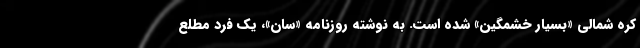
کره شمالی «بسیار خشمگین» شده است. به نوشته روزنامه «سان»، یک فرد مطلع